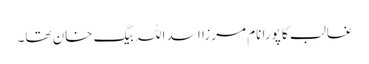
غالب کا پورا نام مرزا اسد اللہ بیگ خان تھا۔